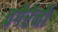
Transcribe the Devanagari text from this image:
वगैरेंनीं